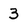
Character: 3